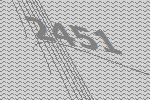
2451